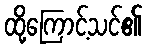
ထို့ကြောင့်သင်၏